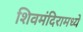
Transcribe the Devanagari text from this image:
शिवमंदिरामध्ये